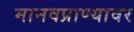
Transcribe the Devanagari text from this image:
मानवप्राण्यावर